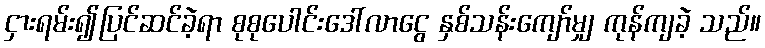
ငှားရမ်း၍ပြင်ဆင်ခဲ့ရာ စုစုပေါင်းဒေါ်လာငွေ နှစ်သန်းကျော်မျှ ကုန်ကျခဲ့ သည်။